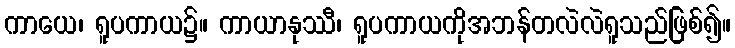
ကာယေ၊ ရူပကာယ၌။ ကာယာနုဿီ၊ ရူပကာယကိုအဘန်တလဲလဲရူသည်ဖြစ်၍။